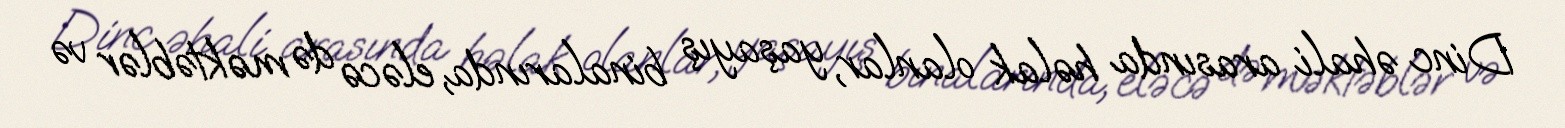
Dinc əhali arasında həlak olanlar, yaşayış binalarında, eləcə də məktəblər və